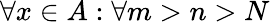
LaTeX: \forall x\in A:\forall m>n>N